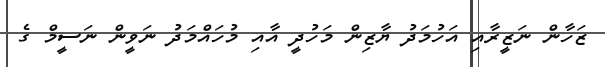
ޒަހާން ނަޒީރާއި އަހުމަދު ޔާޒިން މަހުދީ އާއި މުހައްމަދު ނަވީން ނަސީމް ގެ